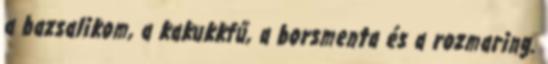
a bazsalikom, a kakukkfű, a borsmenta és a rozmaring.